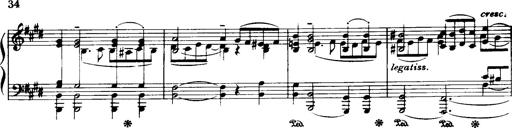
Title: Historische ungarische Bildnisse
Composer: Franz Liszt